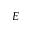
E